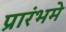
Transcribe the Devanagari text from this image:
प्रारंभमे